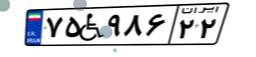
۷۵W۹۸۶۲۲